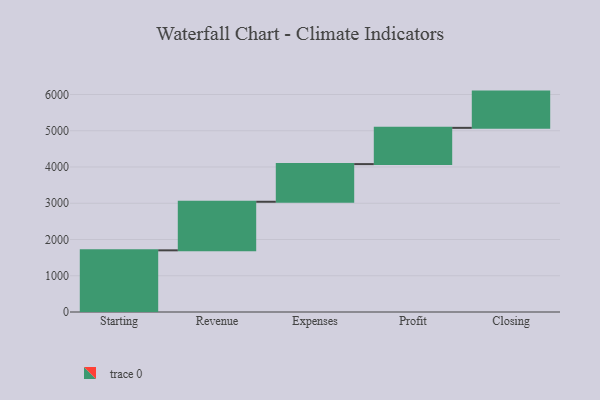
{"axis": {"x": "Step", "y": "Value"}, "legend": [""], "data": [{"x": "Starting", "y": 1701.0, "type": ""}, {"x": "Revenue", "y": 1340.0, "type": ""}, {"x": "Expenses", "y": 1039.0, "type": ""}, {"x": "Profit", "y": 1000, "type": ""}, {"x": "Closing", "y": 1000, "type": ""}]}